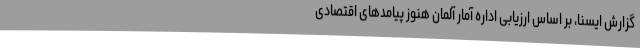
گزارش ایسنا، بر اساس ارزیابی اداره آمار آلمان هنوز پیامدهای اقتصادی